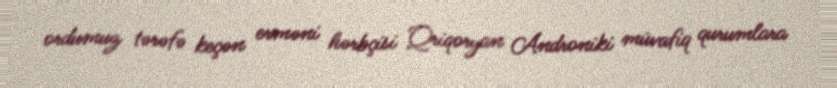
ordumuz tərəfə keçən erməni hərbçisi Qriqoryan Androniki müvafiq qurumlara